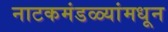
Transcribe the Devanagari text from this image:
नाटकमंडळ्यांमधून